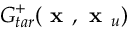
G _ { t a r } ^ { + } ( \textbf { x } , \textbf { x } _ { u } )